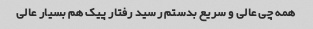
همه چی عالی و سریع بدستم رسید رفتار پیک هم بسیار عالی